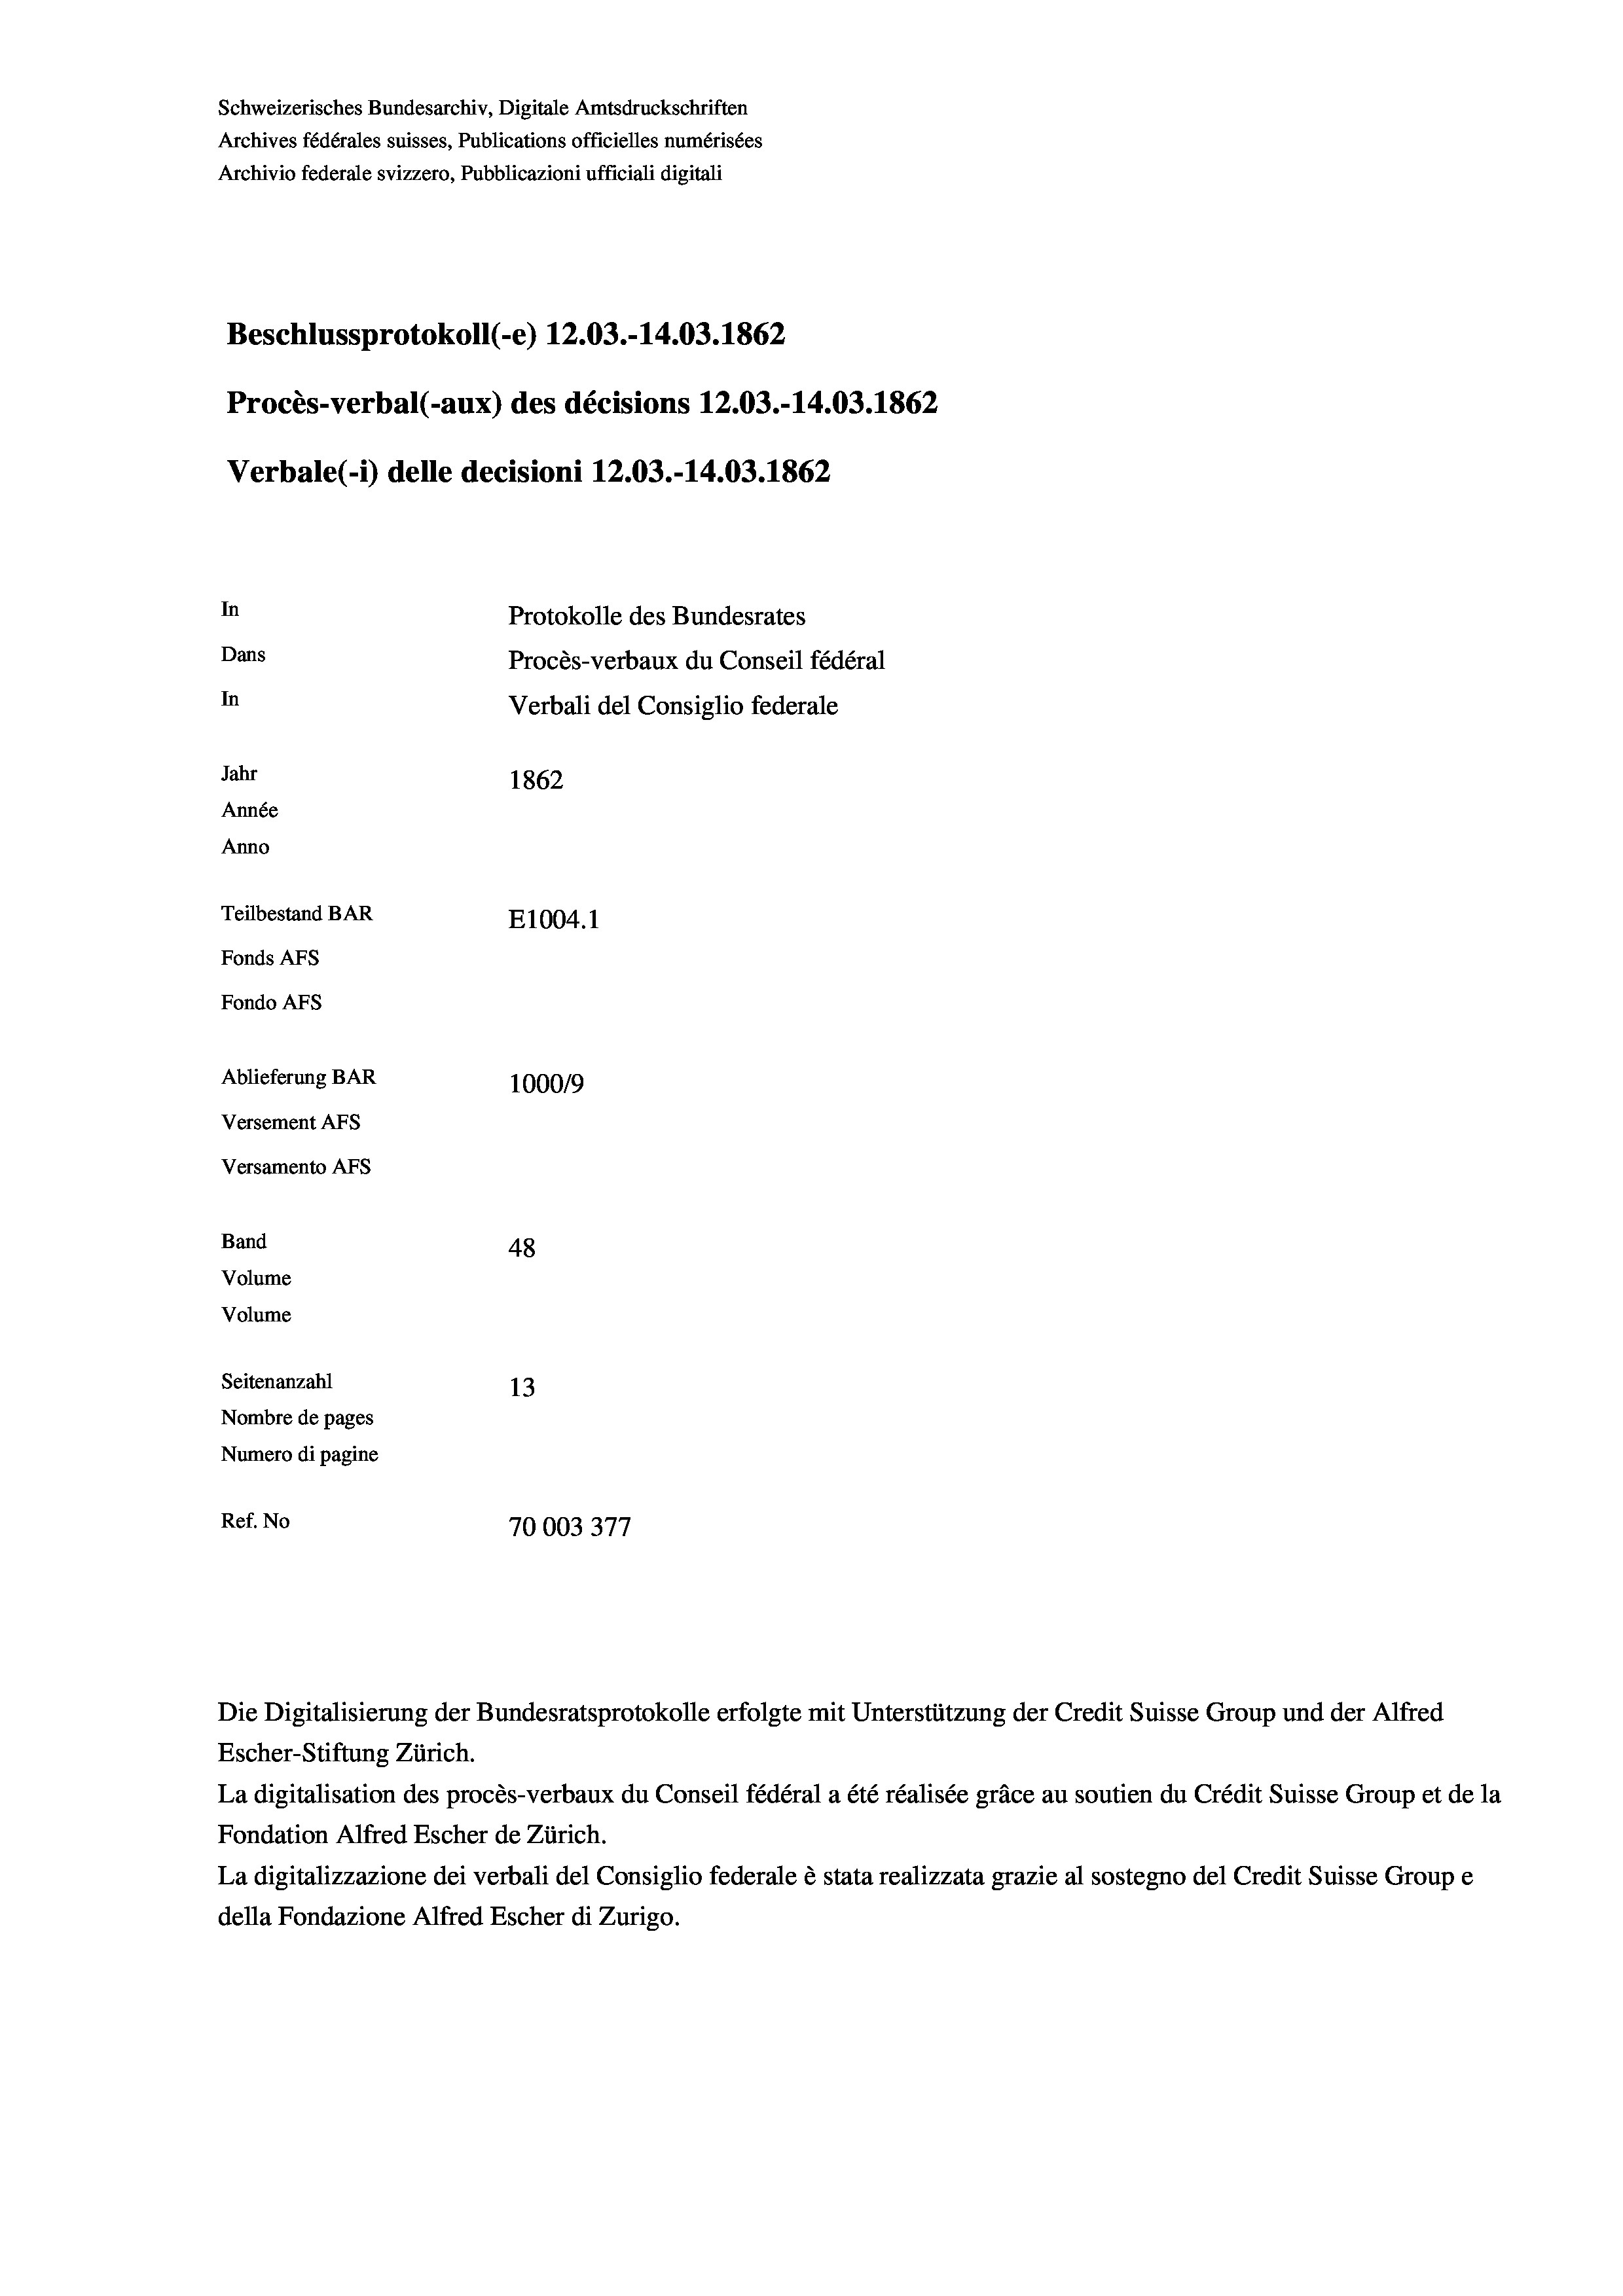
Schweizerisches Bundesarchiv, Digitale Amtsdruckschriften
Archives fédérales suisses, Publications officielles numérisées
Archivio federale svizzero, Pubblicazioni ufficiali digitali
Beschlussprotokoll (-e) 12.03.-14.03. 1862
Procès-verbal (-aux) des décisions 12.03.-14.03. 1862
Verbale (- 1) delle decisioni 12.03.-14.03. 1862
In
Protokolle des Bundesrates
Dans
Procès-verbaux du Conseil fédéral
In
Verbali del Consiglio federale
Jahr
1862
Année
Anno
Teilbestand BAR
E1004. 1
Fonds AFs
Fondo Afs
Ablieferung BAR
100019
Versement AFs
Versamento AFs

48
Seitenanzahl
13
Nombre de pages
Numero di pagine
.
Ref. No
70003377

Band
Volume
Volume

Escher-Stiftung Zürich.
La digitalisation des procès-verbaux du Conseil fédéral a été réalisée gräce au soutien du Crédit Suisse Group et de la
Fondation Alfred Escher de Zürich.
La digitalizzazione dei verbali del Consiglio federale è stata realizzata grazie al sostegno del Credit Suisse Groupe
della Fondazione Alfred Escher di Zurigo.

Die Digitalisierung der Bundesratsprotokolle erfolgte mit Unterstützung der Credit Suisse Group und der Alfred